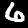
Digit: 6